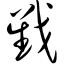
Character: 戥